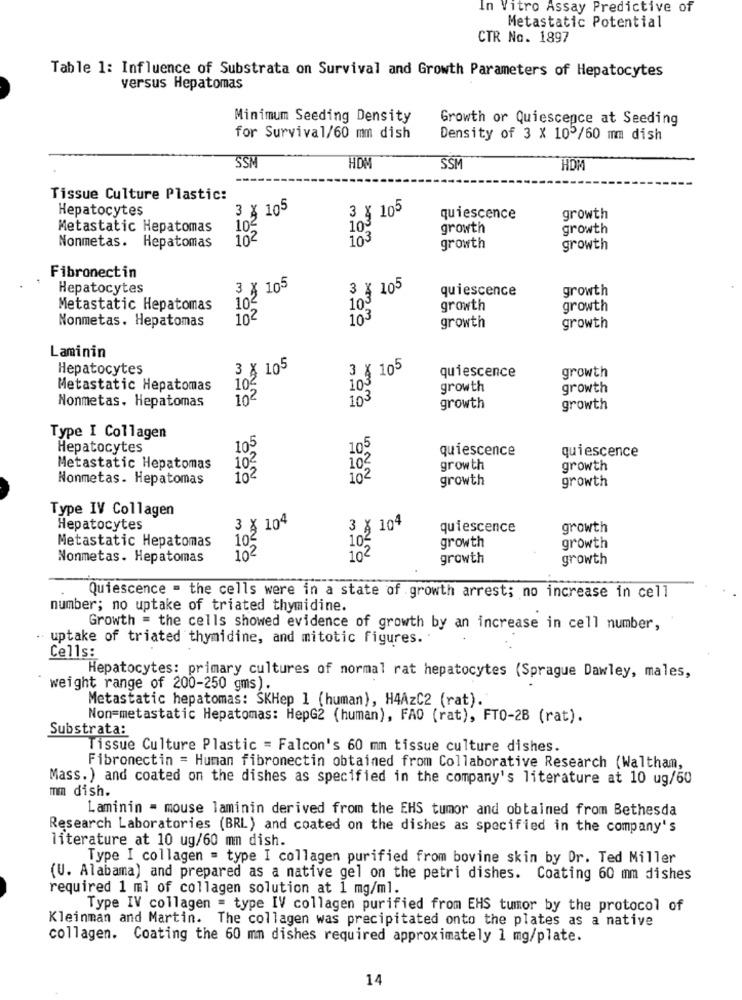
In Vitro Assay Predictive of
Metastatic Potential
CTR No. 1897
Table 1: Influence of Substrata on Survival and Growth Parameters of Hepatocytes
versus Hepatomas
Minimum Seeding Density
Growth or Quiescence at Seeding
for Survival/60 mm dish
Density of 3 X 105/60 mm dish
SSP
HOM
SSM
HOM
Tissue Culture Plastic:
Hepatocytes
3 X 105
3 % 105
quiescence
growth
Metastatic Hepatomas
103
103
growth
growth
102
103
Nonmetas. Hepatomas
growth
growth
Fibronectin
Hepatocytes
3 X 105
3 X 105
quiescence
growth
103
Metastatic Hepatomas
102
growth
growth
Nonmetas. Hepatomas
102
103
growth
growth
Laminin
Hepatocytes
3 X 105
3 × 105
quiescence
growth
Metastatic Hepatomas
103
growth
growth
102
103
Nonmetas. Hepatomas
growth
growth
Type I Collagen
Hepatocytes
105
105
quiescence
quiescence
Metastatic Hepatomas
102
102
growth
growth
Nonmetas. Hepatomas
102
growth
growth
Type IV Collagen
Hepatocytes
3 X 104
3 X 104
quiescence
growth
growth
Metastatic Hepatomas
10ª
102
growth
Nonmetas. Hepatomas
102
growth
growth
Quiescence = the cells were in a state of growth arrest; no increase in cell
number; no uptake of triated thymidine.
Growth = the cells showed evidence of growth by an increase in cell number,
uptake of triated thymidine, and mitotic figures ..
Cells:
Hepatocytes: primary cultures of normal rat hepatocytes (Sprague Dawley, males,
weight range of 200-250 gms).
Metastatic hepatomas: SKHep 1 (human), H4AzC2 (rat).
Non=metastatic Hepatomas: HepG2 (human), FAO (rat), FT0-28 (rat).
Substrata:
Tissue Culture Plastic = Falcon's 60 mm tissue culture dishes.
Fibronectin = Human fibronectin obtained from Collaborative Research (Waltham,
Mass.) and coated on the dishes as specified in the company's literature at 10 ug/60
mmm dish.
Laminin - mouse laminin derived from the EHS tumor and obtained from Bethesda
Research Laboratories (BRL) and coated on the dishes as specified in the company's
literature at 10 ug/60 mm dish.
Type I collagen = type I collagen purified from bovine skin by Dr. Ted Miller
(U. Alabama) and prepared as a native gel on the petri dishes. Coating 60 mm dishes
required 1 ml of collagen solution at 1 mg/ml.
Type IV collagen = type IV collagen purified from EHS tumor by the protocol of
Kleinman and Martin. The collagen was precipitated onto the plates as a native
collagen. Coating the 60 mm dishes required approximately 1 mg/plate.
14